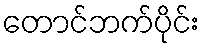
တောင်ဘက်ပိုင်း